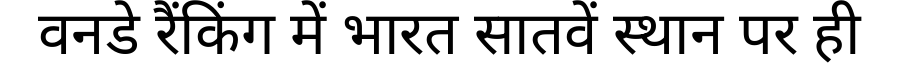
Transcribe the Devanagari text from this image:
वनडे रैंकिंग में भारत सातवें स्थान पर ही